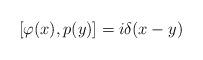
LaTeX: \begin{align*}[\varphi (x), p(y)]=i \delta (x-y) \end{align*}